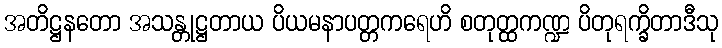
အတိဋ္ဌနတော အသန္တုဋ္ဌတာယ ပိယမနာပတ္တကရေဟိ စတုတ္ထကဏ္ဍ ပိတုရက္ခိတာဒီသု